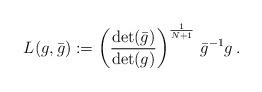
LaTeX: \begin{align*} L(g,\bar{g}) := \left(\frac{\det(\bar{g})}{\det(g)}\right)^{\frac{1}{N+1}}\,\bar{g}^{-1}g\,. \end{align*}